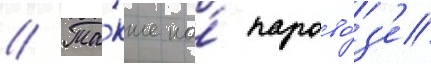
// Та́кже на́ парово́з'е